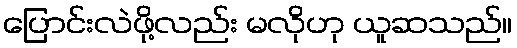
ပြောင်းလဲဖို့လည်း မလိုဟု ယူဆသည်။